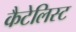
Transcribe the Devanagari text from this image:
कैटेलिस्ट